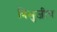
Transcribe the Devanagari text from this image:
त्रिभुजीय